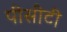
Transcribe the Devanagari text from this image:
पीसीटी